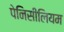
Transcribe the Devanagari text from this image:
पेनिसीलियम